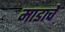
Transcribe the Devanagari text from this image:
माडाचे